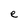
Character: e